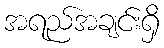
အရည်အချင်းရှိ